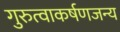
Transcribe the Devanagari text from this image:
गुरुत्वाकर्षणजन्य